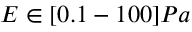
E \in [ 0 . 1 - 1 0 0 ] P a